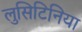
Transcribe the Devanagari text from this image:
लुसिटिनिया